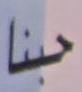
حبنا